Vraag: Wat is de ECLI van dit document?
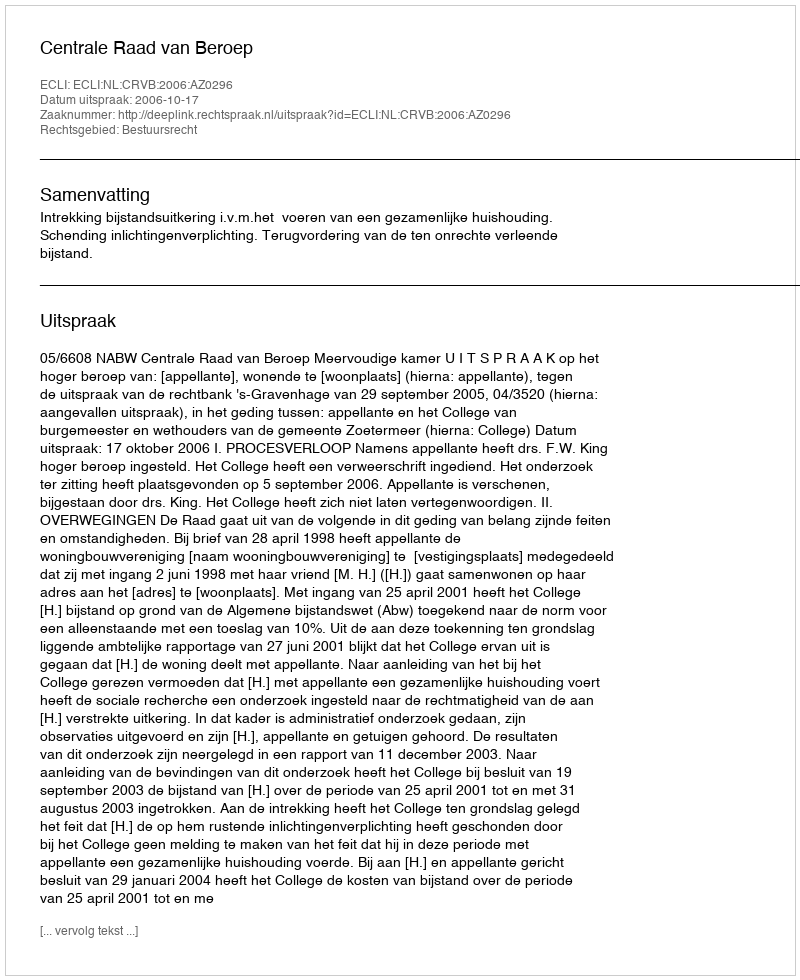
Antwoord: ECLI:NL:CRVB:2006:AZ0296